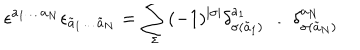
\epsilon ^ { a _ { 1 } \dots a _ { N } } \epsilon _ { \tilde { a } _ { 1 } \dots \tilde { a } _ { N } } = \sum _ { \sigma } ( - 1 ) ^ { | \sigma | } \delta _ { \sigma ( \tilde { a } _ { 1 } ) } ^ { a _ { 1 } } \dots \delta _ { \sigma ( \tilde { a } _ { N } ) } ^ { a _ { N } }